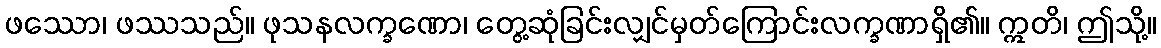
ဖဿော၊ ဖဿသည်။ ဖုသနလက္ခဏော၊ တွေ့ဆုံခြင်းလျှင်မှတ်ကြောင်းလက္ခဏာရှိ၏။ ဣတိ၊ ဤသို့။